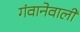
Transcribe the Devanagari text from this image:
गंवानेवाली